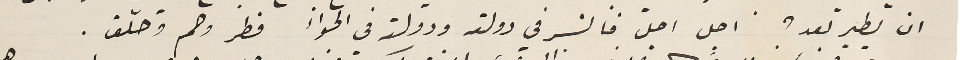
ان يطير بعد؟ اجل اجل فالنسر في دولته ودولة في الجواء فطر وحم وحلّق.